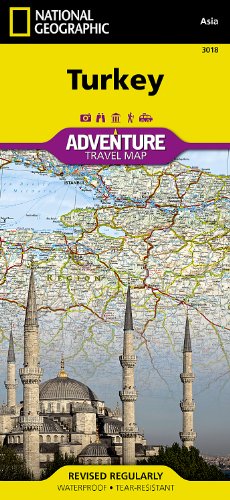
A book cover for Turkey (National Geographic Adventure Map); National Geographic Maps - Adventure; Travel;